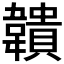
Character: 𩏡